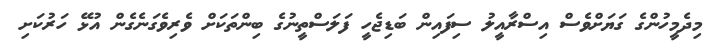
މިދެމީހުންގެ ގަޔަށްވެސް އިސްރާއީލު ސިފައިން ބަޑިޖެހީ ފަލަސްތީނުގެ ބިންތަކަށް ވެރިވެގަނެގެން އުޅޭ ހަރުކަށި